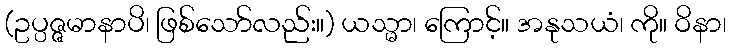
(ဥပ္ပဇ္ဇမာနာပိ၊ ဖြစ်သော်လည်း။) ယသ္မာ၊ ကြောင့်။ အနုသယံ၊ ကို။ ဝိနာ၊